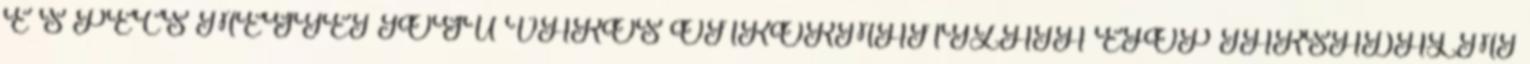
É S PÉCS MEGYEI JOGÚ VÁROS ÖNKORMÁNYZATA EFOP TÁRSADALMI